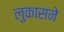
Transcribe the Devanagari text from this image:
लुकासने